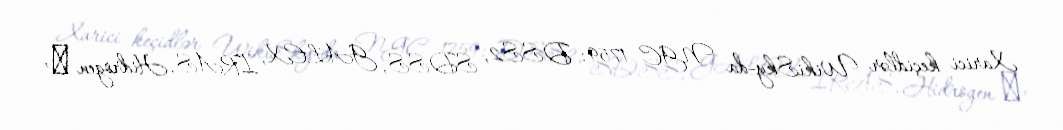
Xarici keçidlər WikiSky-da NGC 1759: DSS2, SDSS, GALEX, IRAS, Hidrogen α,